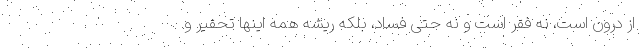
از درون است، نه فقر است و نه حتی فساد، بلکه ریشه همه اینها تحقیر و